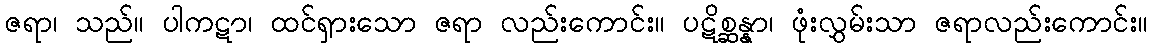
ဇရာ၊ သည်။ ပါကဋာ၊ ထင်ရှားသော ဇရာ လည်းကောင်း။ ပဋိစ္ဆန္နာ၊ ဖုံးလွှမ်းသာ ဇရာလည်းကောင်း။